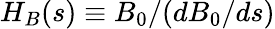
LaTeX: H_{B}(s)\equiv B_{0}/(dB_{0}/ds)